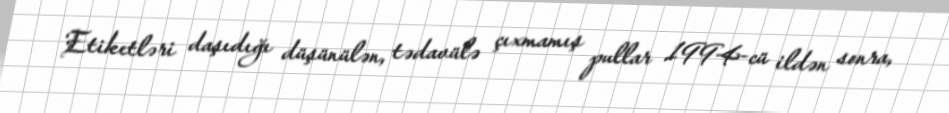
Etiketləri daşıdığı düşünülən, tədavülə çıxmamış pullar 1994-cü ildən sonra,